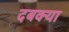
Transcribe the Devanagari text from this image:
दबक्या